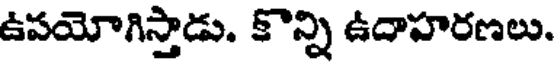
ఉపయోగిస్తాడు. కొన్ని ఉదాహరణలు.